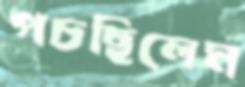
পচছিলেম